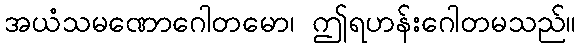
အယံသမဏောဂေါတမော၊ ဤရဟန်းဂေါတမသည်။